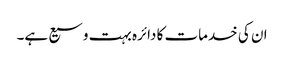
ان کی خدمات کا دائرہ بہت وسیع ہے۔